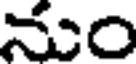
నుం